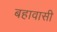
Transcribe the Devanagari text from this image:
बहावासी